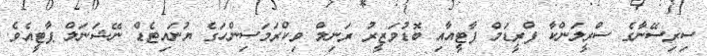
ސިރިސޭނާގެ ސްރީލަންކާ ފްރީޑަމް ޕާޓީއާއި ބޮޑުވަޒީރު ރަނިލް ވިކްރަމަސިންހަގެ ޔުނައިޓެޑް ނޭޝަނަލް ޕާޓީއެވެ.